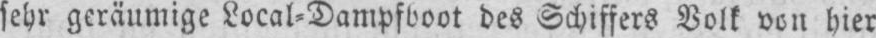
sehr geräumige Local⸗Dampfboot des Schiffers Volk von hier